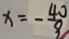
x = - \frac { 4 0 } { 9 }